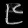
Digit: ၉